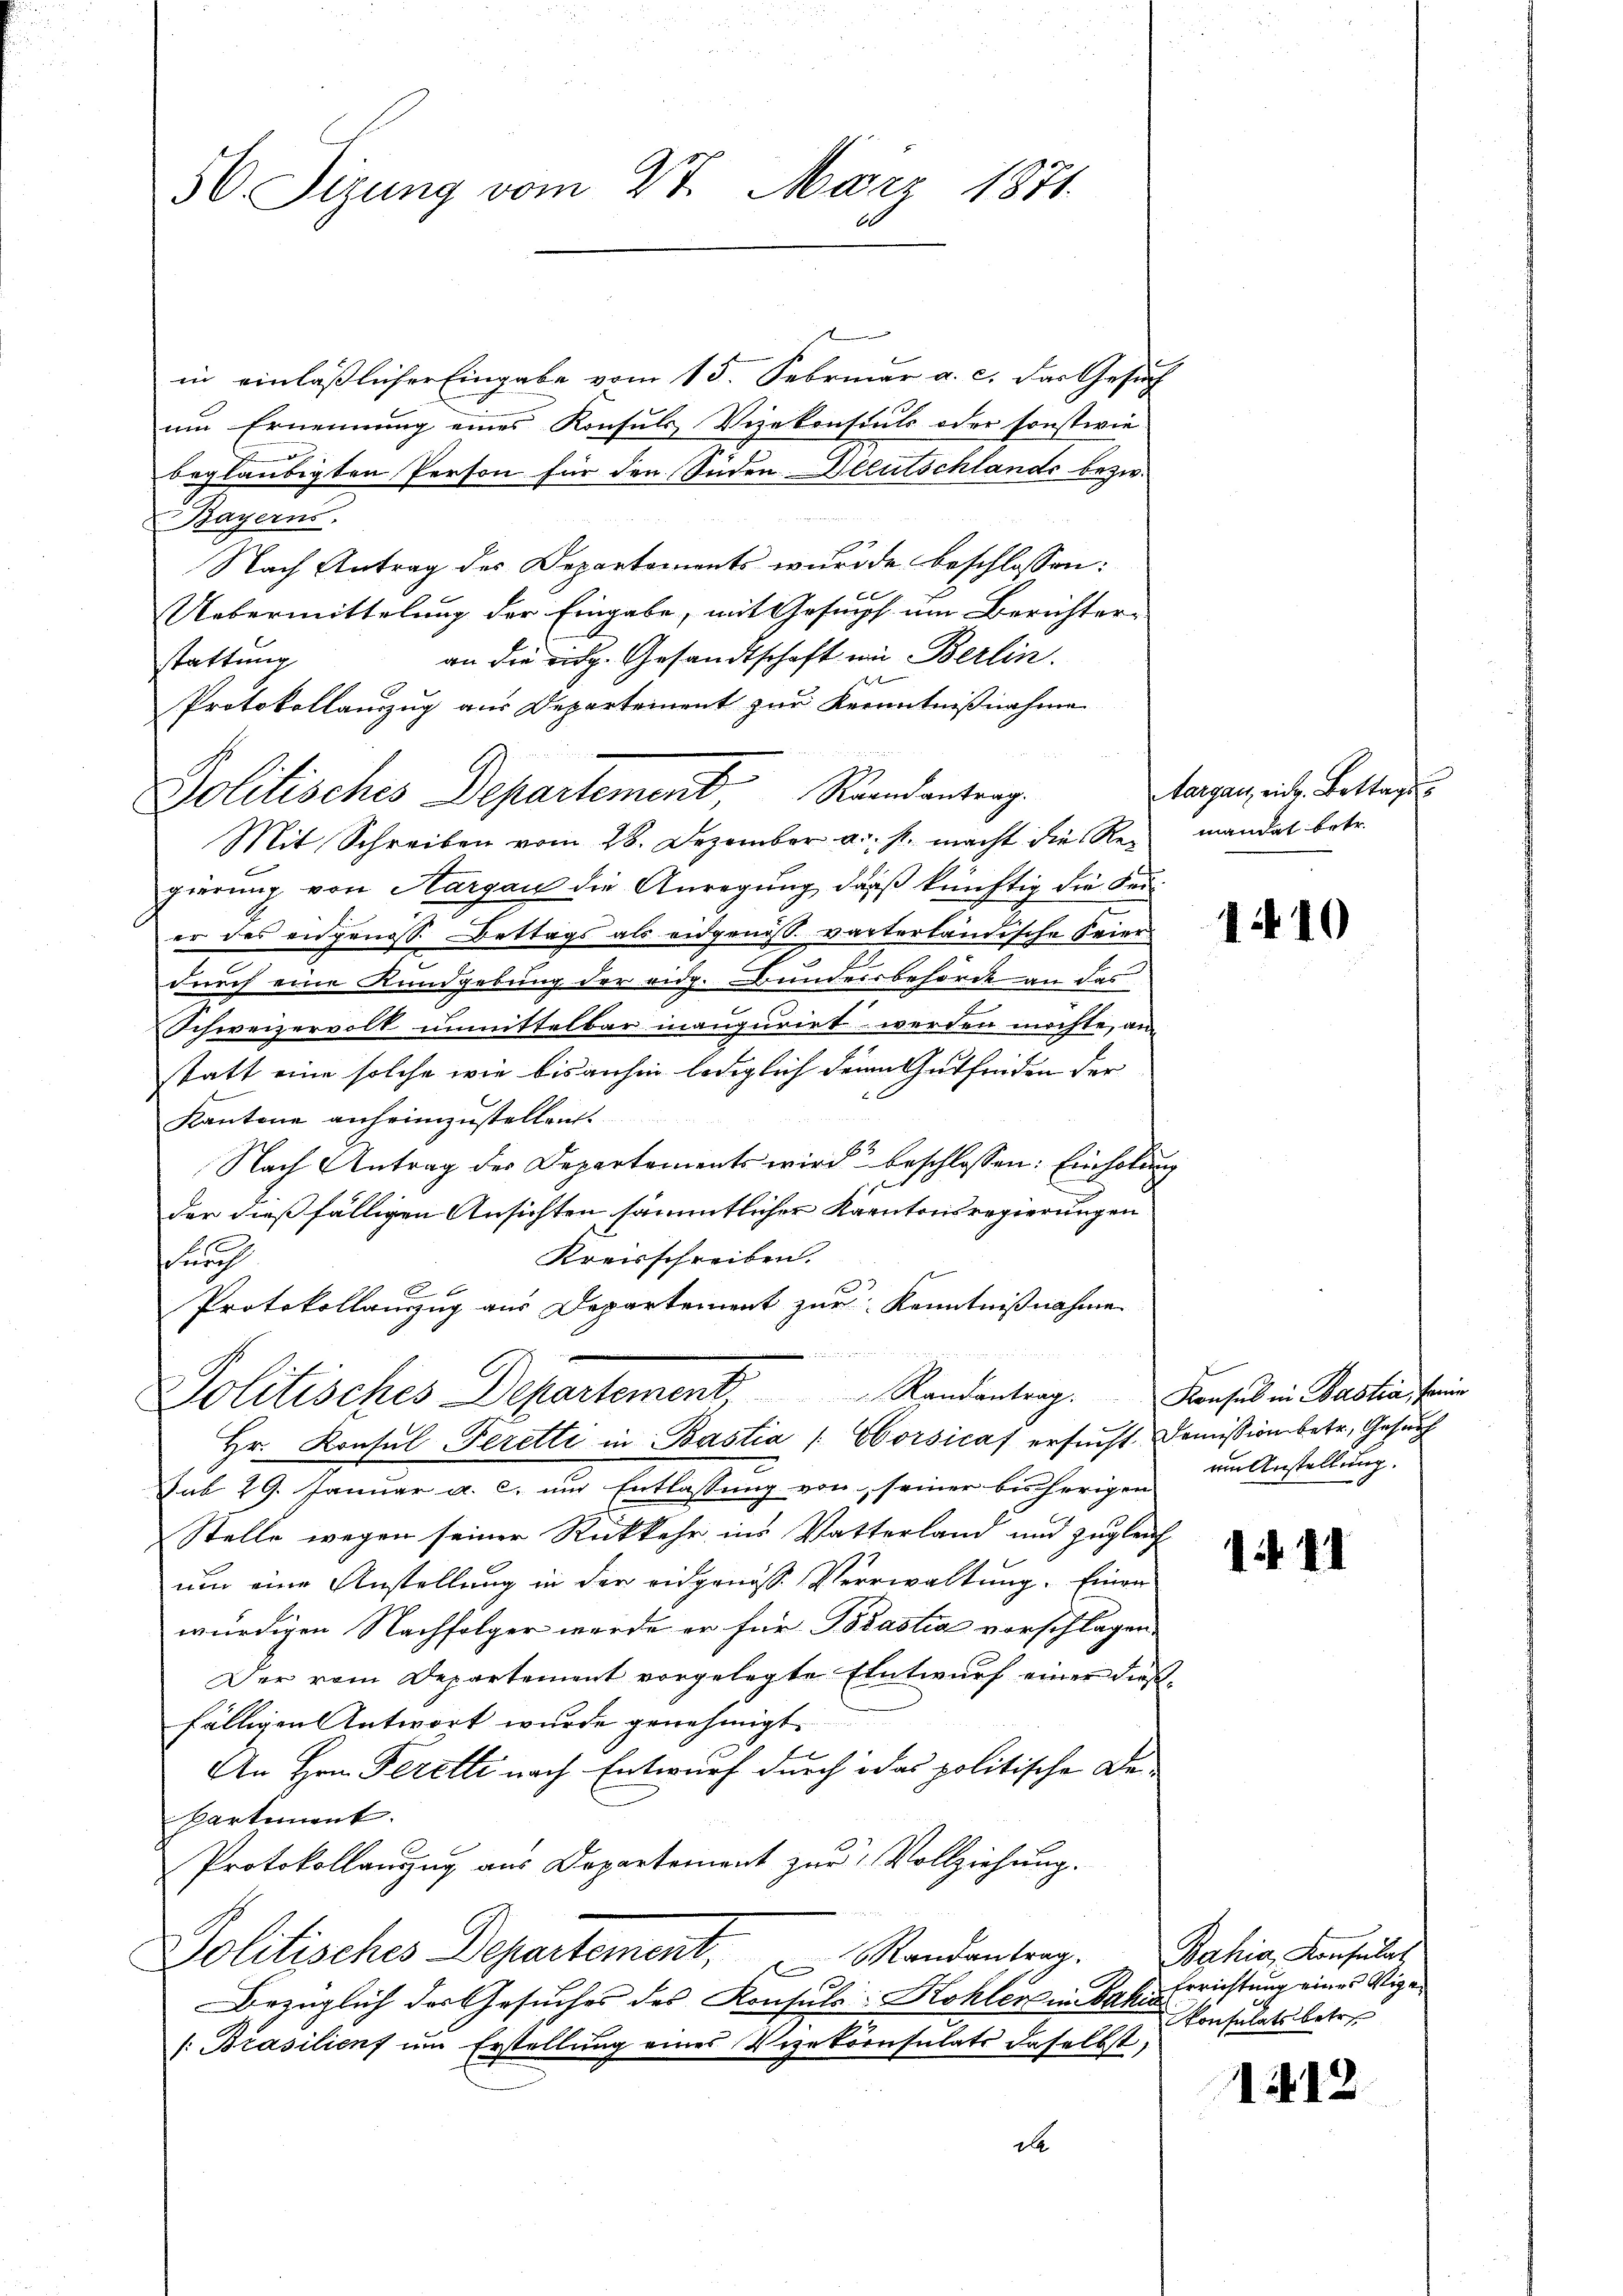
50. Sizung vom 27. März 1871.
60

in einläßlicher Eingabe vom 15. Februar a. c. das Gesuch
um Ernennung eines Konsuls Vizekonstals oder sonstwie
2
beglaubigten Person für den Süden Deutschlande bezw.
Bayerns.
Nach Antrag des Departements wurde beschlossen:
 be
Uebermittelung der Eingabe, mit Gosmpf um Berichter-
an die eidg. Gesandtschaft wie Berlin.
stattung
Protokollauszug aus Departement zur Kenntnißnahme
Mit Schreiben vom 28. Dezember a. s. macht die Red mandat betr.
gierung von Aargau die Anregung, daß künftig die Seier des eidgenos Bettags als eidgenoss verterländische Feier
durch eine Kundgebung der eidg. Bundersbehörde an das
Schweizervolk unmittelbar inaugurirt werden möchte, an
statt eine solche wie bisanhin lediglich dein Gutfinden der
Kantone anheimzustellen.
Nach Antrag des Departements wird beschlossen: Einholen
ff
der dießfälligen Ansichten sämmtlicher Kantonsregierungen
Kreisschreiben.
snach
x
Protokollanzug aus Departement zur Kenntnißnahme
Politisches Departement, Randantrag. Konsul in Bastastein
Hr. Konsŭl-Peretti in Bastia (Oborsicaf ersucht.
Sub 29. Januar a. c. um Entlassung von seiner bisherigen
Stelle wegen seiner Rückkehr ins Vatterland und zugleich
um eine Anstellung in der eidgenöss. Verwaltung. Einer
würdigen Nachfolger werde er für Brastia vorschlagen,
Der vom Departement vorgelegte Entwurf einer diese
fälligen Antwort wurde genehmigt.
An Hrn. Perette nach Entwurf durch das politische De¬
Partement.
Protokollauszug aus Departement zur Vollziehung.
Politisches Departement, Standenberg.
e
Bezüglich des Gesuches des Konsuls: Kohler in Sal. Errichtung eines Vige¬
Brasilienf um Erstellung eines Vizekoonsulats daselbst,
el

Politisches Departement Rand entrag

E

Aargau, rich. Bettags

1410

Demission betr. Gesuch
um Anstellung.

141

Bahia, Konsulat,
Konsulats betr.

112